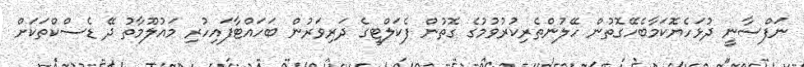
ނަފްސާނީ ދުޅަހެޔޮކަމާބެހޭގޮތުން ހޭލުންތެރިކުރުވުމުގެ ގޮތުން ފެކަލްޓީގެ ދަރިވަރުން ބަހައްޓާފައިހުރި މައުލޫމާތު ދޭ ޑެސްކްތަކަށް